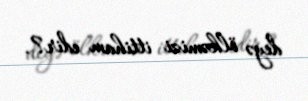
deyə ölkəmizi ittiham edir?.